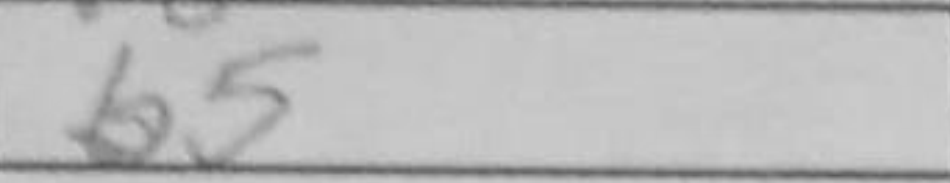
Transcription: b5